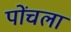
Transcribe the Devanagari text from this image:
पोंचला